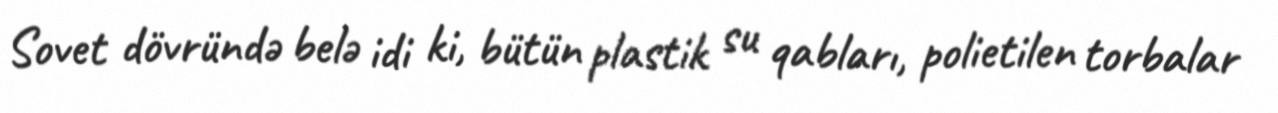
Sovet dövründə belə idi ki, bütün plastik su qabları, polietilen torbalar